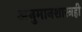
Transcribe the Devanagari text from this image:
अनुमानशास्त्रही